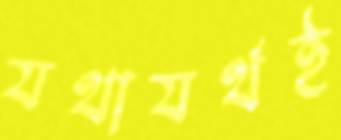
যথাযর্থই